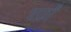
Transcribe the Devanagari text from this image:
बर्फ़ों